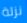
نزلة